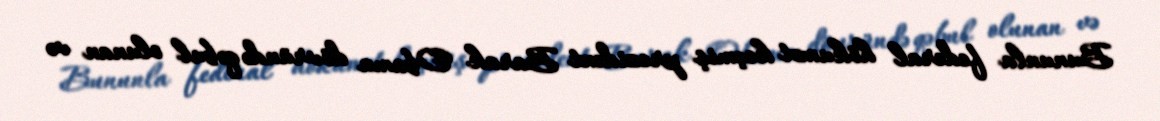
Bununla federal hökumət keçmiş prezident Barak Obama dövründə qəbul olunan və